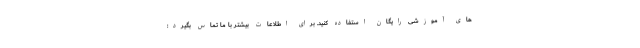
های آموزشی رایگان استفاده کنید. برای اطلاعات بیشتر با ما تماس بگیرد: